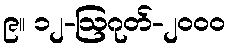
၉။ ၁၂-ဩဂုတ်-၂၀၀၀